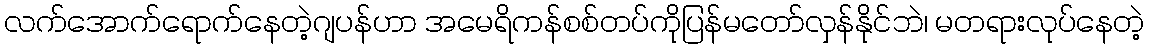
လက်အောက်ရောက်နေတဲ့ဂျပန်ဟာ အမေရိကန်စစ်တပ်ကိုပြန်မတော်လှန်နိုင်ဘဲ၊ မတရားလုပ်နေတဲ့